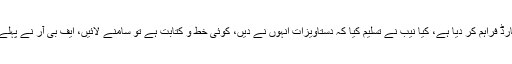
جسٹس عظمت سعید نے ریمارکس دیئے کہ چیئرمین ایف بی آر نے کہا تھا 95 فیصد ریکارڈ فراہم کر دیا ہے، کیا نیب نے تسلیم کیا کہ دستاویزات انہوں نے دیں، کوئی خط و کتابت ہے تو سامنے لائیں، ایف بی آر نے پہلے کہا کہ ریکارڈ ٹریس نہیں ہو رہا، اچانک ریکارڈ ملا اور نیب کے کھاتے میں ڈال دیا گیا۔